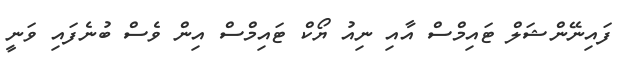
ފައިނޭންޝަލް ޓައިމްސް އާއި ނިއު ޔޯކް ޓައިމްސް އިން ވެސް ބުނެފައި ވަނީ